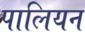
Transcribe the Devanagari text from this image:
पालियन